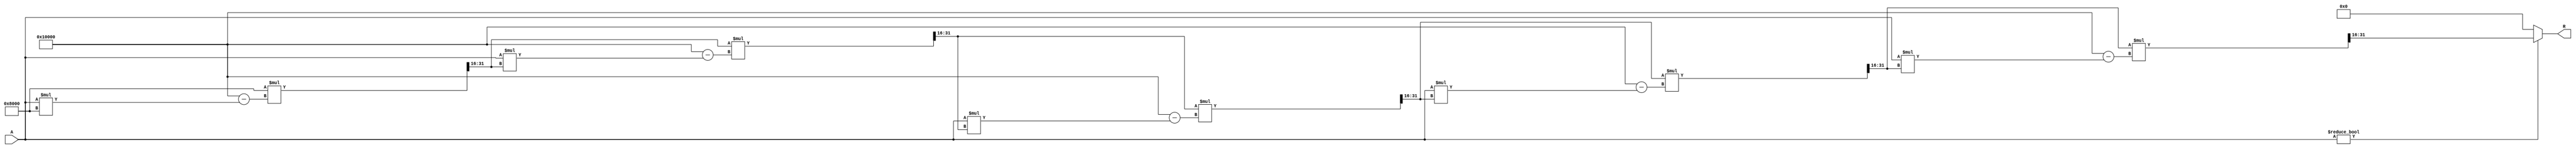
module BitwiseReciprocal #(
    parameter n = 16, // Bit width of input A
    parameter iterations = 5 // Number of iterations for approximation
)(
    input wire [n-1:0] A, // Input number (non-zero)
    output reg [n-1:0] R // Output reciprocal
);

    // Internal variables
    reg [n-1:0] approx; // Current approximation of the reciprocal
    reg [n-1:0] temp; // Temporary variable for calculations
    integer i;

    always @(*) begin
        // Initialize the approximation
        if (A != 0) begin
            approx = {1'b1, {n-1{1'b0}}}; // Initial guess: 1 << (n-1)
            // Iteratively refine the approximation
            for (i = 0; i < iterations; i = i + 1) begin
                // Update the approximation using Newton-Raphson method
                temp = approx; // Store current approximation
                approx = approx * (2**n - A * approx) >> n; // R = R * (2^n - A * R) / 2^n
            end
            R = approx; // Final approximation
        end else begin
            R = {n{1'b0}}; // Handle division by zero case (output zero)
        end
    end

endmodule